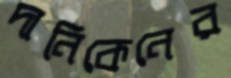
দানিকেনের